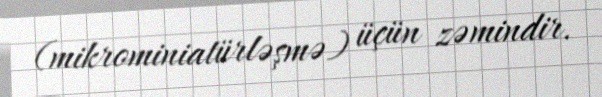
(mikrominiatürləşmə) üçün zəmindir.